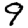
Digit: 9